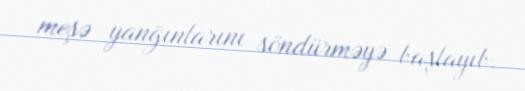
meşə yanğınlarını söndürməyə başlayıb.